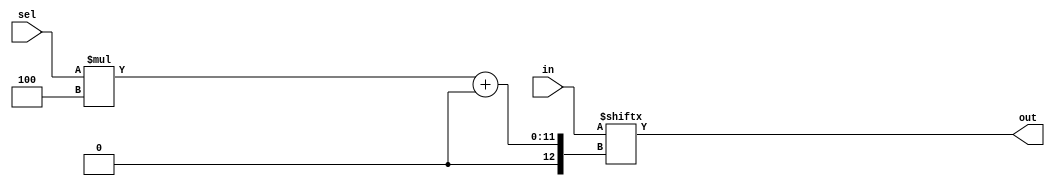
//Create a 4-bit wide, 256-to-1 multiplexer. The 256 4-bit inputs are all packed into a single 1024-bit input vector. sel=0 should select bits in[3:0], sel=1 selects bits in[7:4], sel=2 selects bits in[11:8], etc.
module top_module( 
    input [1023:0] in,
    input [7:0] sel,
    output [3:0] out );
    assign out=in[sel*4+:4];
endmodule